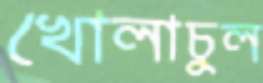
খোলাচুল